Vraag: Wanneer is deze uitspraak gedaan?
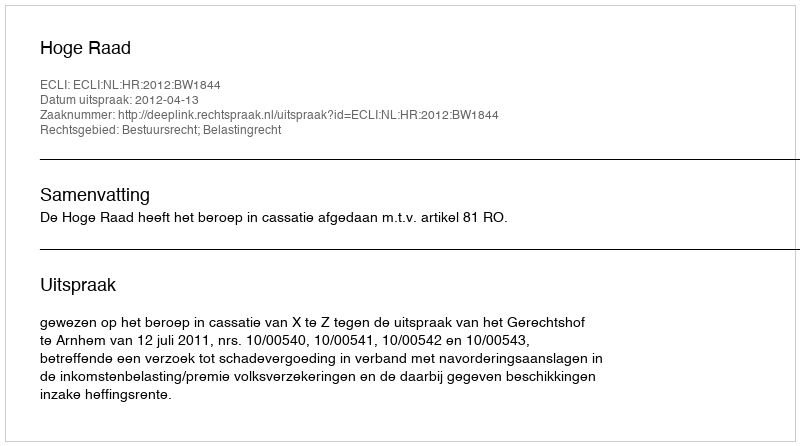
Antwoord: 2012-04-13